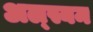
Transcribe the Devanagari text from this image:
अल्स्यम